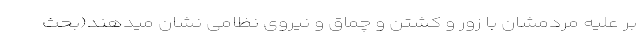
بر علیه مردمشان با زور و کشتن و چماق و نیروی نظامی نشان میدهند(بحث